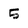
Character: 5